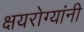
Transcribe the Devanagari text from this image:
क्षयरोग्यांनी